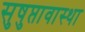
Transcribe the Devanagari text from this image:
सुषुप्तावास्था